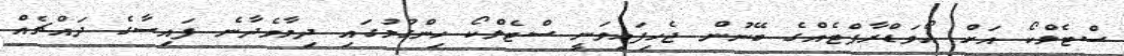
ސްޓެލްކޯ އަށް އޯވަޑްރާފްޓެއްގެ ބޭނުން ޖެހިފައިވަނީ ސްޓެލްކޯ ހިންގުމުގައި ދިމާވެދާނެ ފައިސާގެ ދައްޗެއް